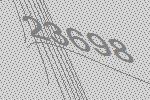
23698